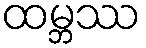
ထမ္ဘဿ